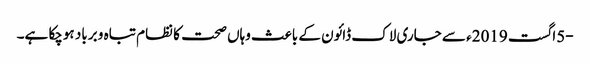
-5اگست 2019ء سے جاری لاک ڈائون کے باعث وہاں صحت کا نظام تباہ و برباد ہوچکا ہے۔